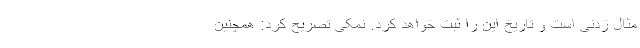
مثال زدنی است و تاریخ این را ثبت خواهد کرد. نمکی تصریح کرد: همچنین